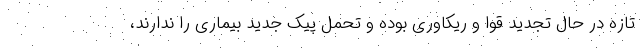
تازه در حال تجدید قوا و ریکاوری بوده و تحمل پیک جدید بیماری را ندارند،